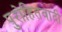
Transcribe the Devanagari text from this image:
पुरोहितवादी